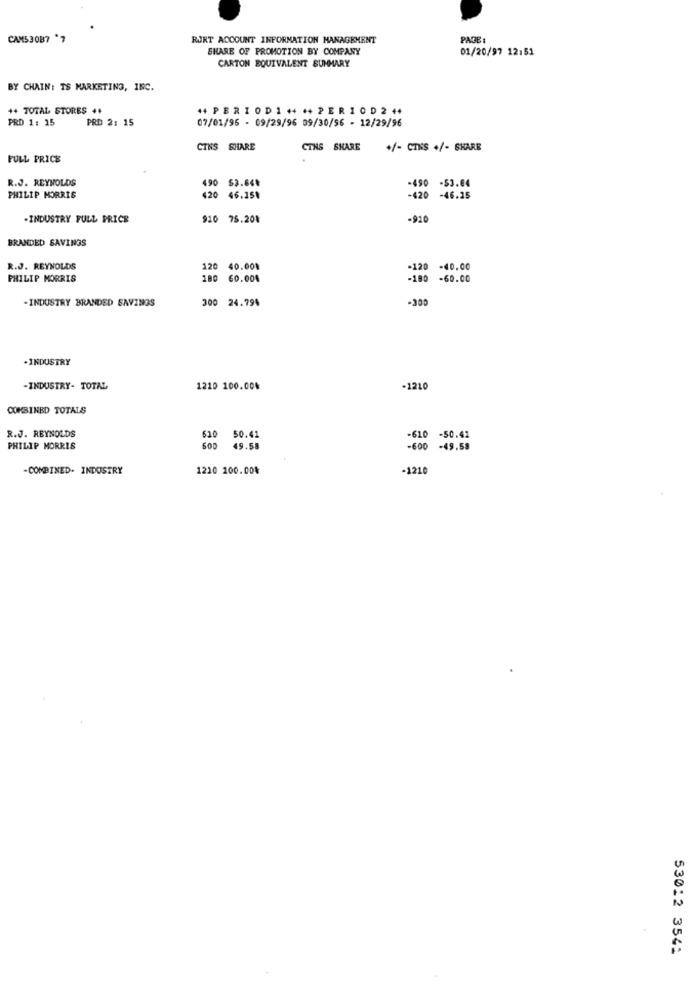
CAMS 3087 7
RURT ACCOUNT INFORMATION MANAGEMENT
PAGE :
SHARE OF PROMOTION BY COMPANY
01/20/97 12:51
CARTON EQUIVALENT SUMMARY
BY CHAIN: TS MARKETING, INC.
++ TOTAL STORES ..
44 PERIODI ++ ++ PERIOD 2 +4
PRD 1: 15
PRD 2: 15
07/01/96 - 09/29/96 09/30/56 - 12/29/96
CINS SHARE
CINS SHARE
+/- CINS +/- SHARE
FULL PRICE
R.J. REYNOLDS
0 53.64%
-490 -$3.04
420
-420
PHILIP MORRIS
46.15$
-46.15
-INDUSTRY FULL PRICE
910 75.20%
-910
BRANDED SAVINGS
R.J. REYNOLDS
120 40.001
-120 -40.00
PHILIP MORRIS
180 60.004
-180 -60.00
-INDUSTRY BRANDED SAVINGS
300 24.794
-300
. INDUSTRY
-INDUSTRY- TOTAL
1210 100.00%
-1210
COMBINED TOTALS
R.J. REYNOLDS
630
50.41
-610 -50.41
PHILIP MORRIS
49.58
-600 -49.58
-COMBINED. INDUSTRY
1210 100.00%
-1210
53012 354: